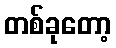
တစ်ခုတော့